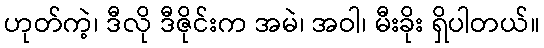
ဟုတ်ကဲ့၊ ဒီလို ဒီဇိုင်းက အမဲ၊ အဝါ၊ မီးခိုး ရှိပါတယ်။